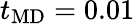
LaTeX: t_{\mathrm{MD}}=0.01